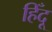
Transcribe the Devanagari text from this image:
हिँदू